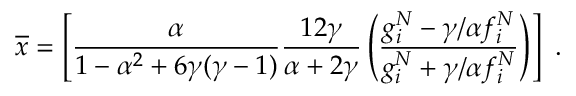
\overline { { { x } } } = \left[ \frac \alpha { 1 - \alpha ^ { 2 } + 6 \gamma ( \gamma - 1 ) } \frac { 1 2 \gamma } { \alpha + 2 \gamma } \left( \frac { g _ { i } ^ { N } - \gamma / \alpha f _ { i } ^ { N } } { g _ { i } ^ { N } + \gamma / \alpha f _ { i } ^ { N } } \right) \right] \ .